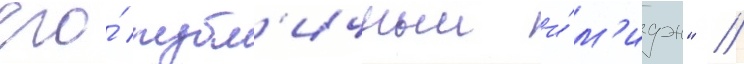
его́ публ'ичныи и́м'идж" //